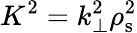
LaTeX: K^{2}=k_{\bot}^{2}\rho_{\mathrm{s}}^{2}